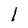
Character: 1